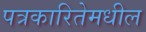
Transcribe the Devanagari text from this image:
पत्रकारितेमधील